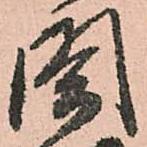
閤